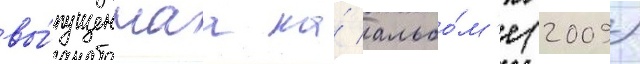
вы́пущеннаа на́ альбо́м'е (2009)